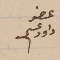
عضو داود عسى